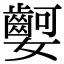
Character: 𡤫